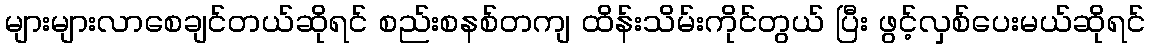
များများလာစေချင်တယ်ဆိုရင် စည်းစနစ်တကျ ထိန်းသိမ်းကိုင်တွယ် ပြီး ဖွင့်လှစ်ပေးမယ်ဆိုရင်